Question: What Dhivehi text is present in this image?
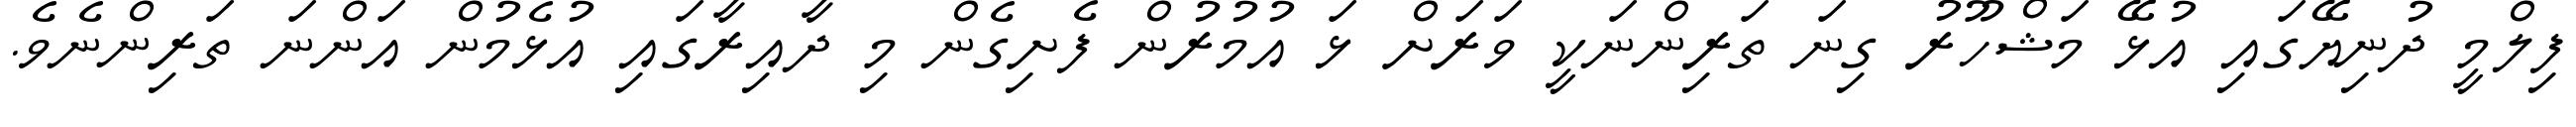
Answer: ފިލްމީ ދުނިޔޭގައި އުޅޭ މަޝްހޫރު ގިނަ ތަރިންނަކީ ވަރަށް ޅަ އުމުރުން ފެށިގެން މި ދާއިރާގައި އުޅެމުން އަންނަ ތަރިންނެވެ.